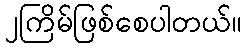
၂ကြိမ်ဖြစ်စေပါတယ်။